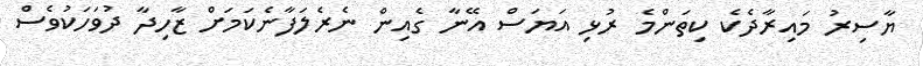
ޔާސިރު މައިރާދެކެ ކިތަންމެ ރުޅި އަޔަސް އޭނާ ގެއިން ނެރެލަފާނެކަމަށް ޒާހިދާ ދުވަހަކުވެސް